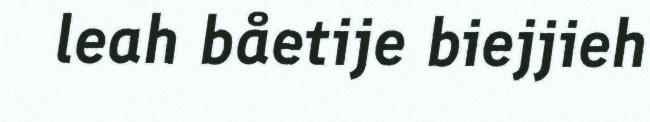
leah båetije biejjieh